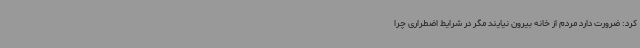
کرد: ضرورت دارد مردم از خانه بیرون نیایند مگر در شرایط اضطراری چرا